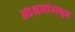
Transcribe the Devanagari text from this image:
आश्रमांमधून